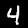
Digit: 4